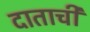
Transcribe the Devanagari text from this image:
दाताची